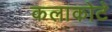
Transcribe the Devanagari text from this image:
कलाकोटे